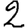
Digit: 2